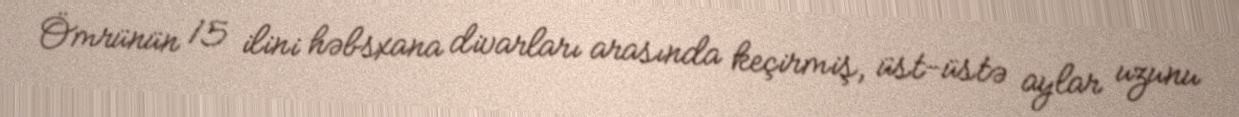
Ömrünün 15 ilini həbsxana divarları arasında keçirmiş, üst-üstə aylar uzunu